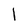
Character: l